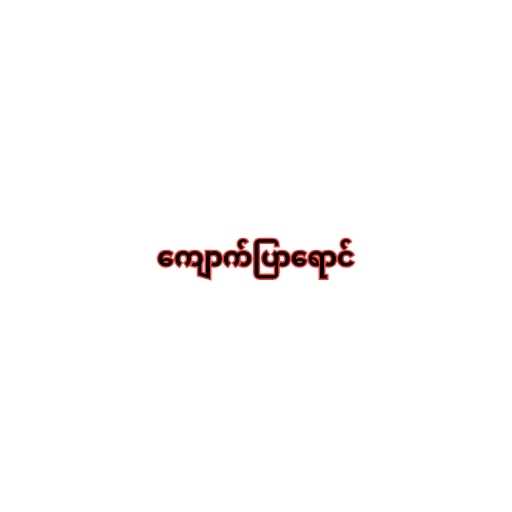
ကျောက်ပြာရောင်